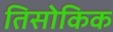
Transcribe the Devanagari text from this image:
तिसोकिक